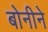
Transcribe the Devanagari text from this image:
बोनीने